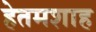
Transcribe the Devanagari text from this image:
हेतमशाह